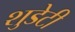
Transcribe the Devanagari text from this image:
शुडेटी